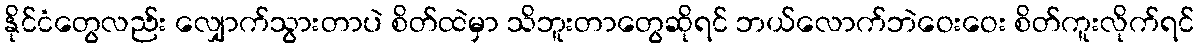
နိုင်ငံတွေလည်း လျှောက်သွားတာပဲ စိတ်ထဲမှာ သိဘူးတာတွေဆိုရင် ဘယ်လောက်ဘဲဝေးဝေး စိတ်ကူးလိုက်ရင်